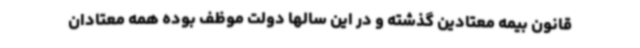
قانون بیمه معتادین گذشته و در این سالها دولت موظف بوده همه معتادان